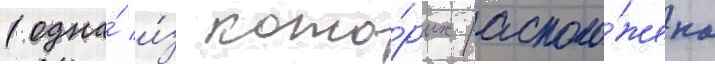
(одна́ и́з кото́рых располо́жена